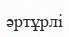
әртұрлі